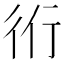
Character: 𧗞